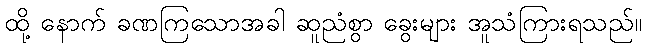
ထို့ နောက် ခဏကြသောအခါ ဆူညံစွာ ခွေးများ အူသံကြားရသည်။